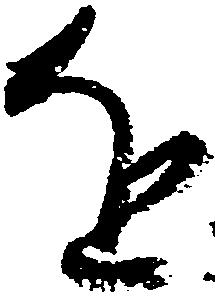
を